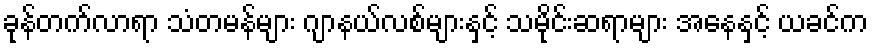
ခုန်တက်လာရာ သံတမန်များ ဂျာနယ်လစ်များနှင့် သမိုင်းဆရာများ အနေနှင့် ယခင်က